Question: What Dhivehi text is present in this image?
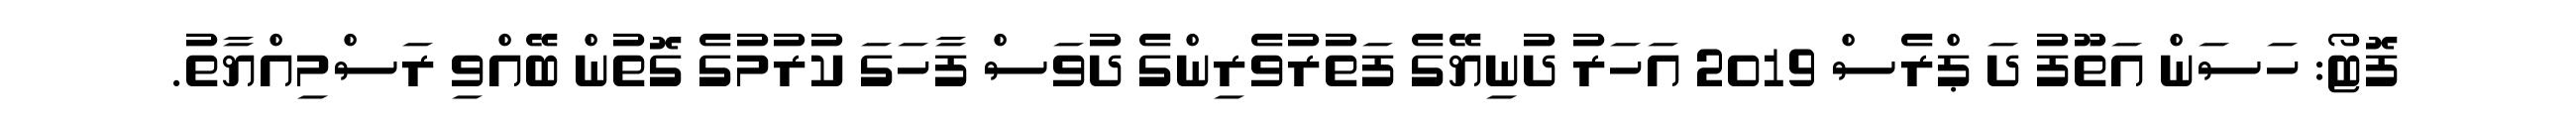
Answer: ފޮޓޯ: ހަސަން އަތޫފު ދަ ޕްރެސް 2019 އަހަރު ދުނިޔޭގެ ފަތުރުވެރިންގެ ދުވަސް ފާހަގަ ކުރުމުގެ ގޮތުން ބޭއްވި ރަސްމިއްޔާތު.